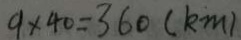
9 \times 4 0 = 3 6 0 ( k m )